King Institute of Preventive Medicine Micro-Biological Section reports 1909-11
Year: 1909
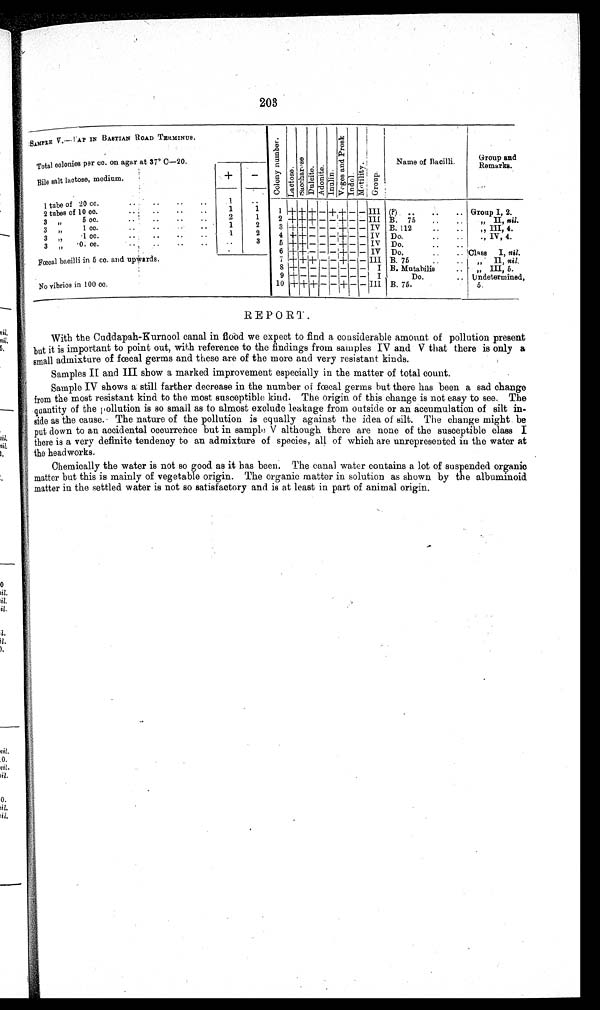
203
SAMPLE V.—PAP IN BASTIAN ROAD TERMINUS.
Total colonies per cc. on agar at 37º c—20.
Bile salt lactose, medium.
C o l o n y N u m b e r .
L a c t o s e .
S a o c h a r o s e .
Du l o i t e A d o n i t e .
Inul i n.
V o g e s a n d P r o s k
I ndol . Mot i l i t y.
G r o u p .
Name of Bacilli.
Group and
Remarks.
+
–
of 20 cc.
..
..
..
1 tube
1
. .
1 + + + – +
+ – _ III
(p) .. .. ..
Group I, 2.
10 cc.
..
..
..
2 tubes of
1
1
3
5 ec.
..
..
..
2
1
2 + ++++ - – + – - III B. 75 ..
..
„ II, nil.
,,
3
1 co.
• •
• •
..
1
2
3 + + – - - + - - IV B. 112
..
..
,, III, 4.
,,
1cc.
..
..
.. . 1
2
4 + + - – – _
_ IV Do.
..
..
IV, 4.
3 „ •0. ce.
. .
. .
..
. .
•
•
3 5 + + - - – – - - - IV
o.
..
..
6+ + - - – - - - IV
Fœcal bacilli in 5 cc. and upwards
. No vibrios in 100 CC.
7 7 + + + - + - - III
Do.
...
Class I, Z..
8 + – – – – – – – - I
Mutahilis ..
,, III, 5.
9 + - - - – – – – I Do. ..
Undetermined,
10 + + + – – + _ – III
B. 75.
5.
REPORT .
With the Cuddapah-Kurnool canal in flood we expect to find a considerable amount of pollution present
but it is important to point out, with reference to the findings from samples IV and V that there is only a
small admixture of foecal germs and these are of the more and very resistant kinds.
Samples II and III show a marked improvement especially in the matter of total count.
Sample IV shows a still farther decrease in the number of fœcal germs hut there has been a sad change
from the most resistant kind to the most susceptible kind. The origin of this change is not easy to see. The
quantity of the pollution is so small as to almost exclude leakage from outside or an accumulation of silt in-
-side as the cause. The nature of the pollution is equally against the idea of silt. The change might be
put down to an accidental occurrence but in sample V although there are none of the susceptible class I
there is a very definite tendency to an admixture of species, all of which are unrepresented in the water at
t h e h e a d w o r k s .
Chemically the water is not so good as it has been, The canal water contains a lot of suspended organic
matter but this is mainly of vegetable origin. The organic matter in solution as shown by the albuminoid
matter in the settled water is not so satisfactory and is at least in part of animal origin.